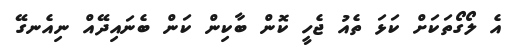
އެ ލޯގޯތަކަށް ކަޅަ ތެއު ޖެހީ ކޮން ބާކިން ކަން ބެނައިދޭއް ނިއެނގޭ